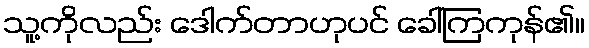
သူ့ကိုလည်း ဒေါက်တာဟုပင် ခေါ်ကြကုန်၏။